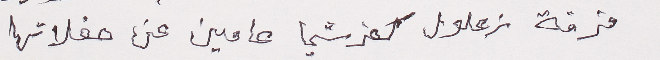
فرقة زعلول كفرشيما عامين عن حفلاتها